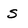
Character: S